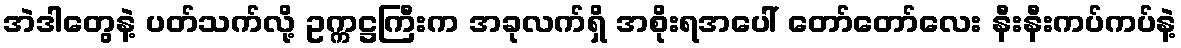
အဲဒါတွေနဲ့ ပတ်သက်လို့ ဥက္ကဋ္ဌကြီးက အခုလက်ရှိ အစိုးရအပေါ် တော်တော်လေး နီးနီးကပ်ကပ်နဲ့